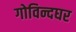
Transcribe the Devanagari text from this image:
गोविन्दघर